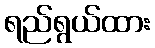
ရည်ရွယ်ထား